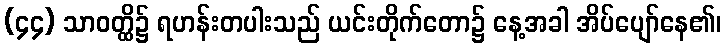
(၄၄) သာဝတ္ထိ၌ ရဟန်းတပါးသည် ယင်းတိုက်တော၌ နေ့အခါ အိပ်ပျော်နေ၏၊